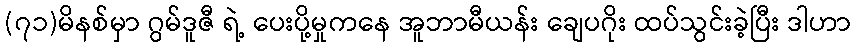
(၇၁)မိနစ်မှာ ဂွမ်ဒူဇီ ရဲ့ ပေးပို့မှုကနေ အူဘာမီယန်း ချေပဂိုး ထပ်သွင်းခဲ့ပြီး ဒါဟာ